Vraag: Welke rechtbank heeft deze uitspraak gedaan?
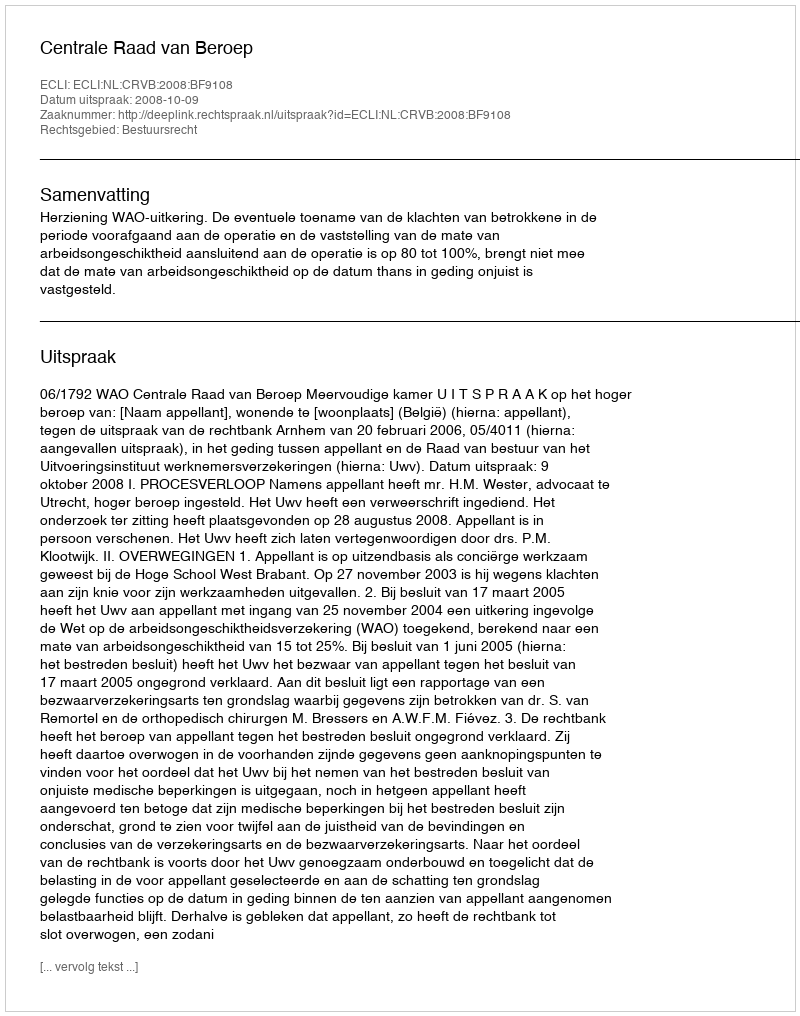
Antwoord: Centrale Raad van Beroep